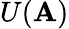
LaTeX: U(\mathbf{A})